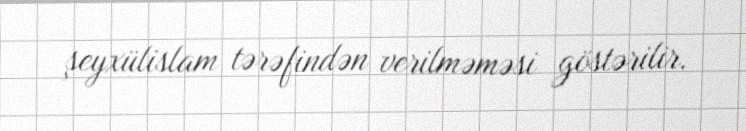
şeyxülislam tərəfindən verilməməsi göstərilir.